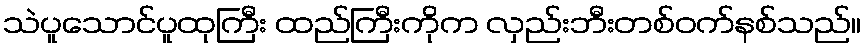
သဲပူသောင်ပူထုကြီး ထည်ကြီးကိုက လှည်းဘီးတစ်ဝက်နစ်သည်။